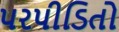
પરપીડિતો